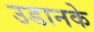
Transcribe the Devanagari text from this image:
उडानके